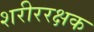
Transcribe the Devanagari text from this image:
शरीररक्षक